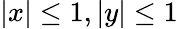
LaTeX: |x|\leq 1,|y|\leq 1